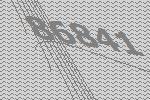
86841